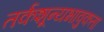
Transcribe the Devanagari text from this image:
तर्कशून्यभावुकता